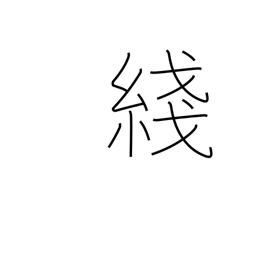
Meaning: thread